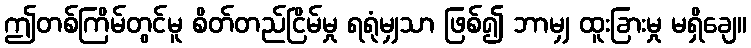
ဤတစ်ကြိမ်တွင်မူ စိတ်တည်ငြိမ်မှု ရရုံမျှသာ ဖြစ်၍ ဘာမျှ ထူးခြားမှု မရှိချေ။